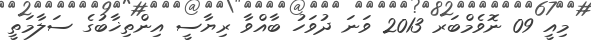
މިއީ 09 ނޮވެމްބަރ 2013 ވަނަ ދުވަހު ބާއްވާ ރިޔާސީ އިންތިޚާބުގެ ސަލާމަތީ